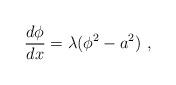
LaTeX: \begin{align*} \frac{d\phi}{dx}=\lambda(\phi^2-a^2)~,\end{align*}